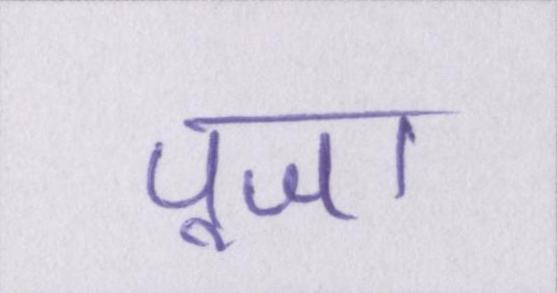
पूजा